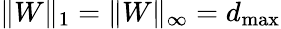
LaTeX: \| W\| _{1}=\| W\| _{\infty}=d_{\operatorname*{max}}